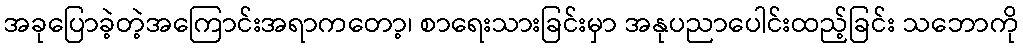
အခုပြောခဲ့တဲ့အကြောင်းအရာကတော့၊ စာရေးသားခြင်းမှာ အနုပညာပေါင်းထည့်ခြင်း သဘောကို